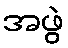
အဖွဲ